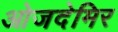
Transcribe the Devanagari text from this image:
ओजदेमिर